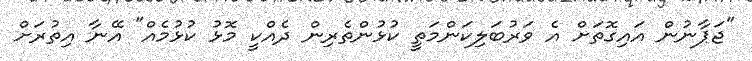
"ޖަޕާނުން އައިގޮތަށް އެ ވަރުބަލިކަންމަތީ ކުޅުންތެރިން ދެއްކީ މޮޅު ކުޅުމެއް" އޭނާ އިތުރަށް